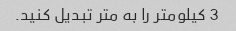
3 کیلومتر را به متر تبدیل کنید.